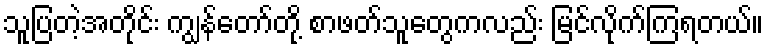
သူပြတဲ့အတိုင်း ကျွန်တော်တို့ စာဖတ်သူတွေကလည်း မြင်လိုက်ကြရတယ်။